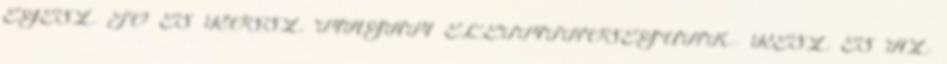
EGÉSZ JÓ ÉS ROSSZ MAGAM ÉLETMINŐSÉGÜNK- RÉSZ ÉS AZ